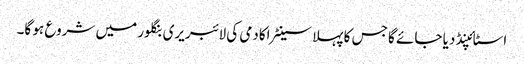
اسٹائپنڈ دیا جائے گا جس کا پہلا سینٹر اکادمی کی لائبریری بنگلور میں شروع ہو گا۔